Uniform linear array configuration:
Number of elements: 32
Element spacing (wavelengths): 0.25
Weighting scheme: uniform
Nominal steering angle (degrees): -45
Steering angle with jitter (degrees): -45.455
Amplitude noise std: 0.05
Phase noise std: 0.05

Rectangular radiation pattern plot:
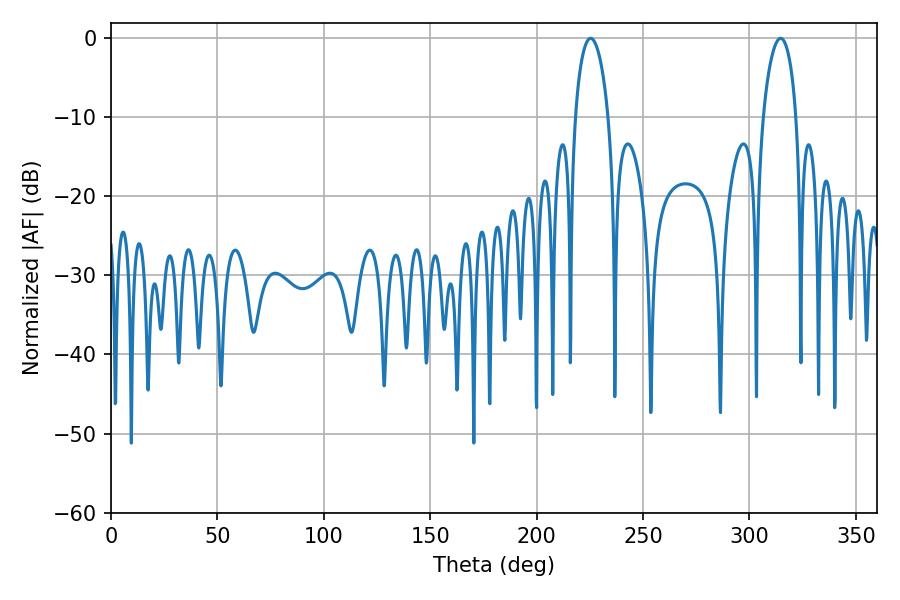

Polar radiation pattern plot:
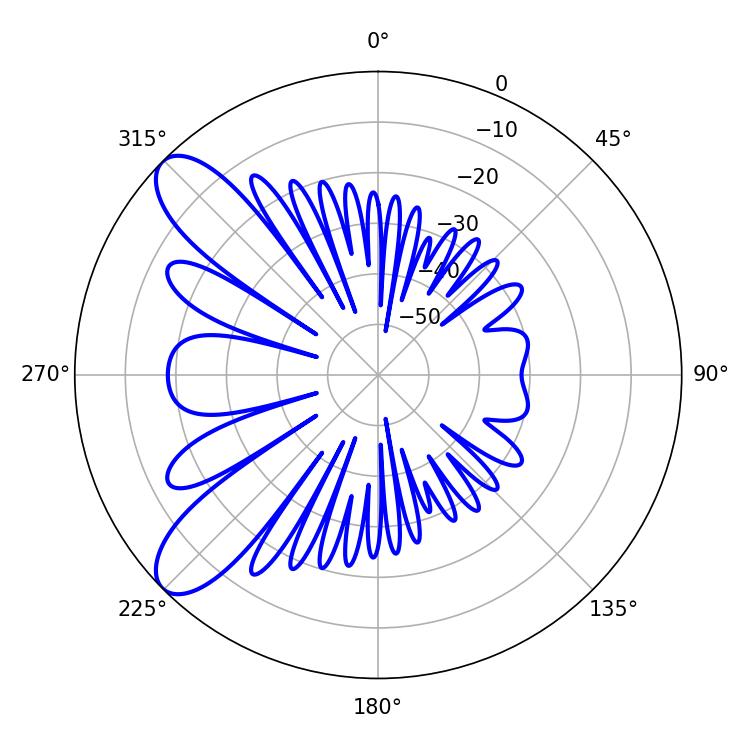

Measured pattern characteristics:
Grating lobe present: FALSE
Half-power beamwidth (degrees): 9
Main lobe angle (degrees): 225.36